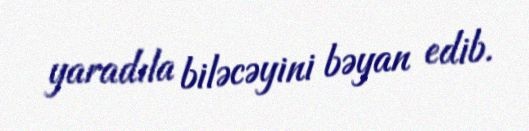
yaradıla biləcəyini bəyan edib.